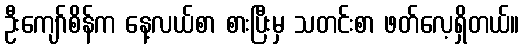
ဦးကျော်စိန်က နေ့လယ်စာ စားပြီးမှ သတင်းစာ ဖတ်လေ့ရှိတယ်။